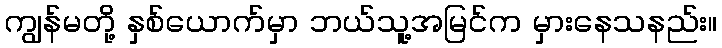
ကျွန်မတို့ နှစ်ယောက်မှာ ဘယ်သူ့အမြင်က မှားနေသနည်း။